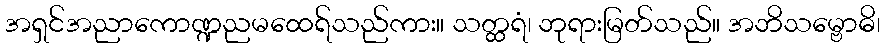
အရှင်အညာကောဏ္ဍညမထေရ်သည်ကား။ သတ္ထရံ၊ ဘုရားမြတ်သည်။ အဘိသမ္ဗောဓိ၊